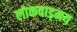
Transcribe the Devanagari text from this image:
लोकवाड्मय